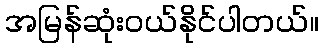
အမြန်ဆုံးဝယ်နိုင်ပါတယ်။